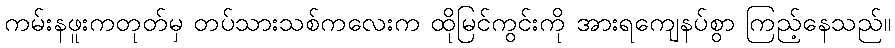
ကမ်းနဖူးကတုတ်မှ တပ်သားသစ်ကလေးက ထိုမြင်ကွင်းကို အားရကျေနပ်စွာ ကြည့်နေသည်။